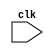
// ROUNAK MODI & VEENA NAGAR
//17CO236 & 17C0151
//Hello World program in verilog
// 14 oct 2018
module hello(input clk);  //input is clock signal

always @ (clk)            //clock is the trigger and on becoming 1 message is printed
begin
	$monitor("%0d Hello World\n",$time);       //print message and its timestamp
end
endmodule